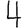
Digit: 4